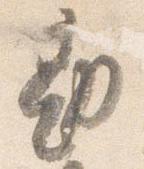
勘